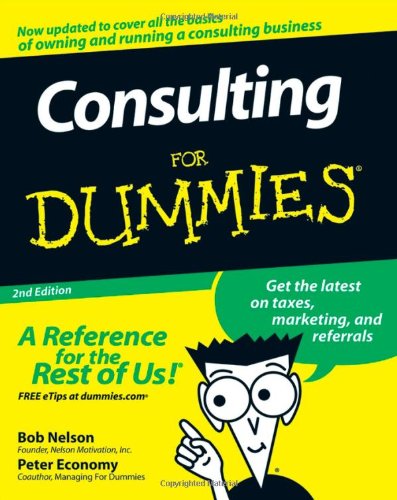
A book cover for Consulting For Dummies; Bob Nelson; Business & Money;